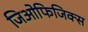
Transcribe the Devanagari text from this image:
जिओफिजिक्स